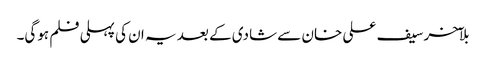
بلآخر سیف علی خان سے شادی کے بعد یہ ان کی پہلی فلم ہوگی۔